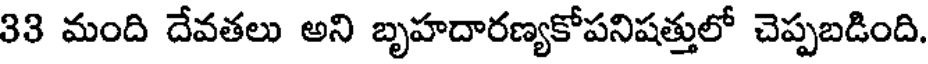
33 మంది దేవతలు అని బృహదారణ్యకోపనిషత్తులో చెప్పబడింది.